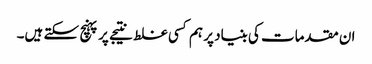
ان مقدمات کی بنیاد پر ہم کسی غلط نتیجے پر پہنچ سکتے ہیں۔